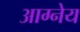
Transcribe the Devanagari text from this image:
अाग्नेय